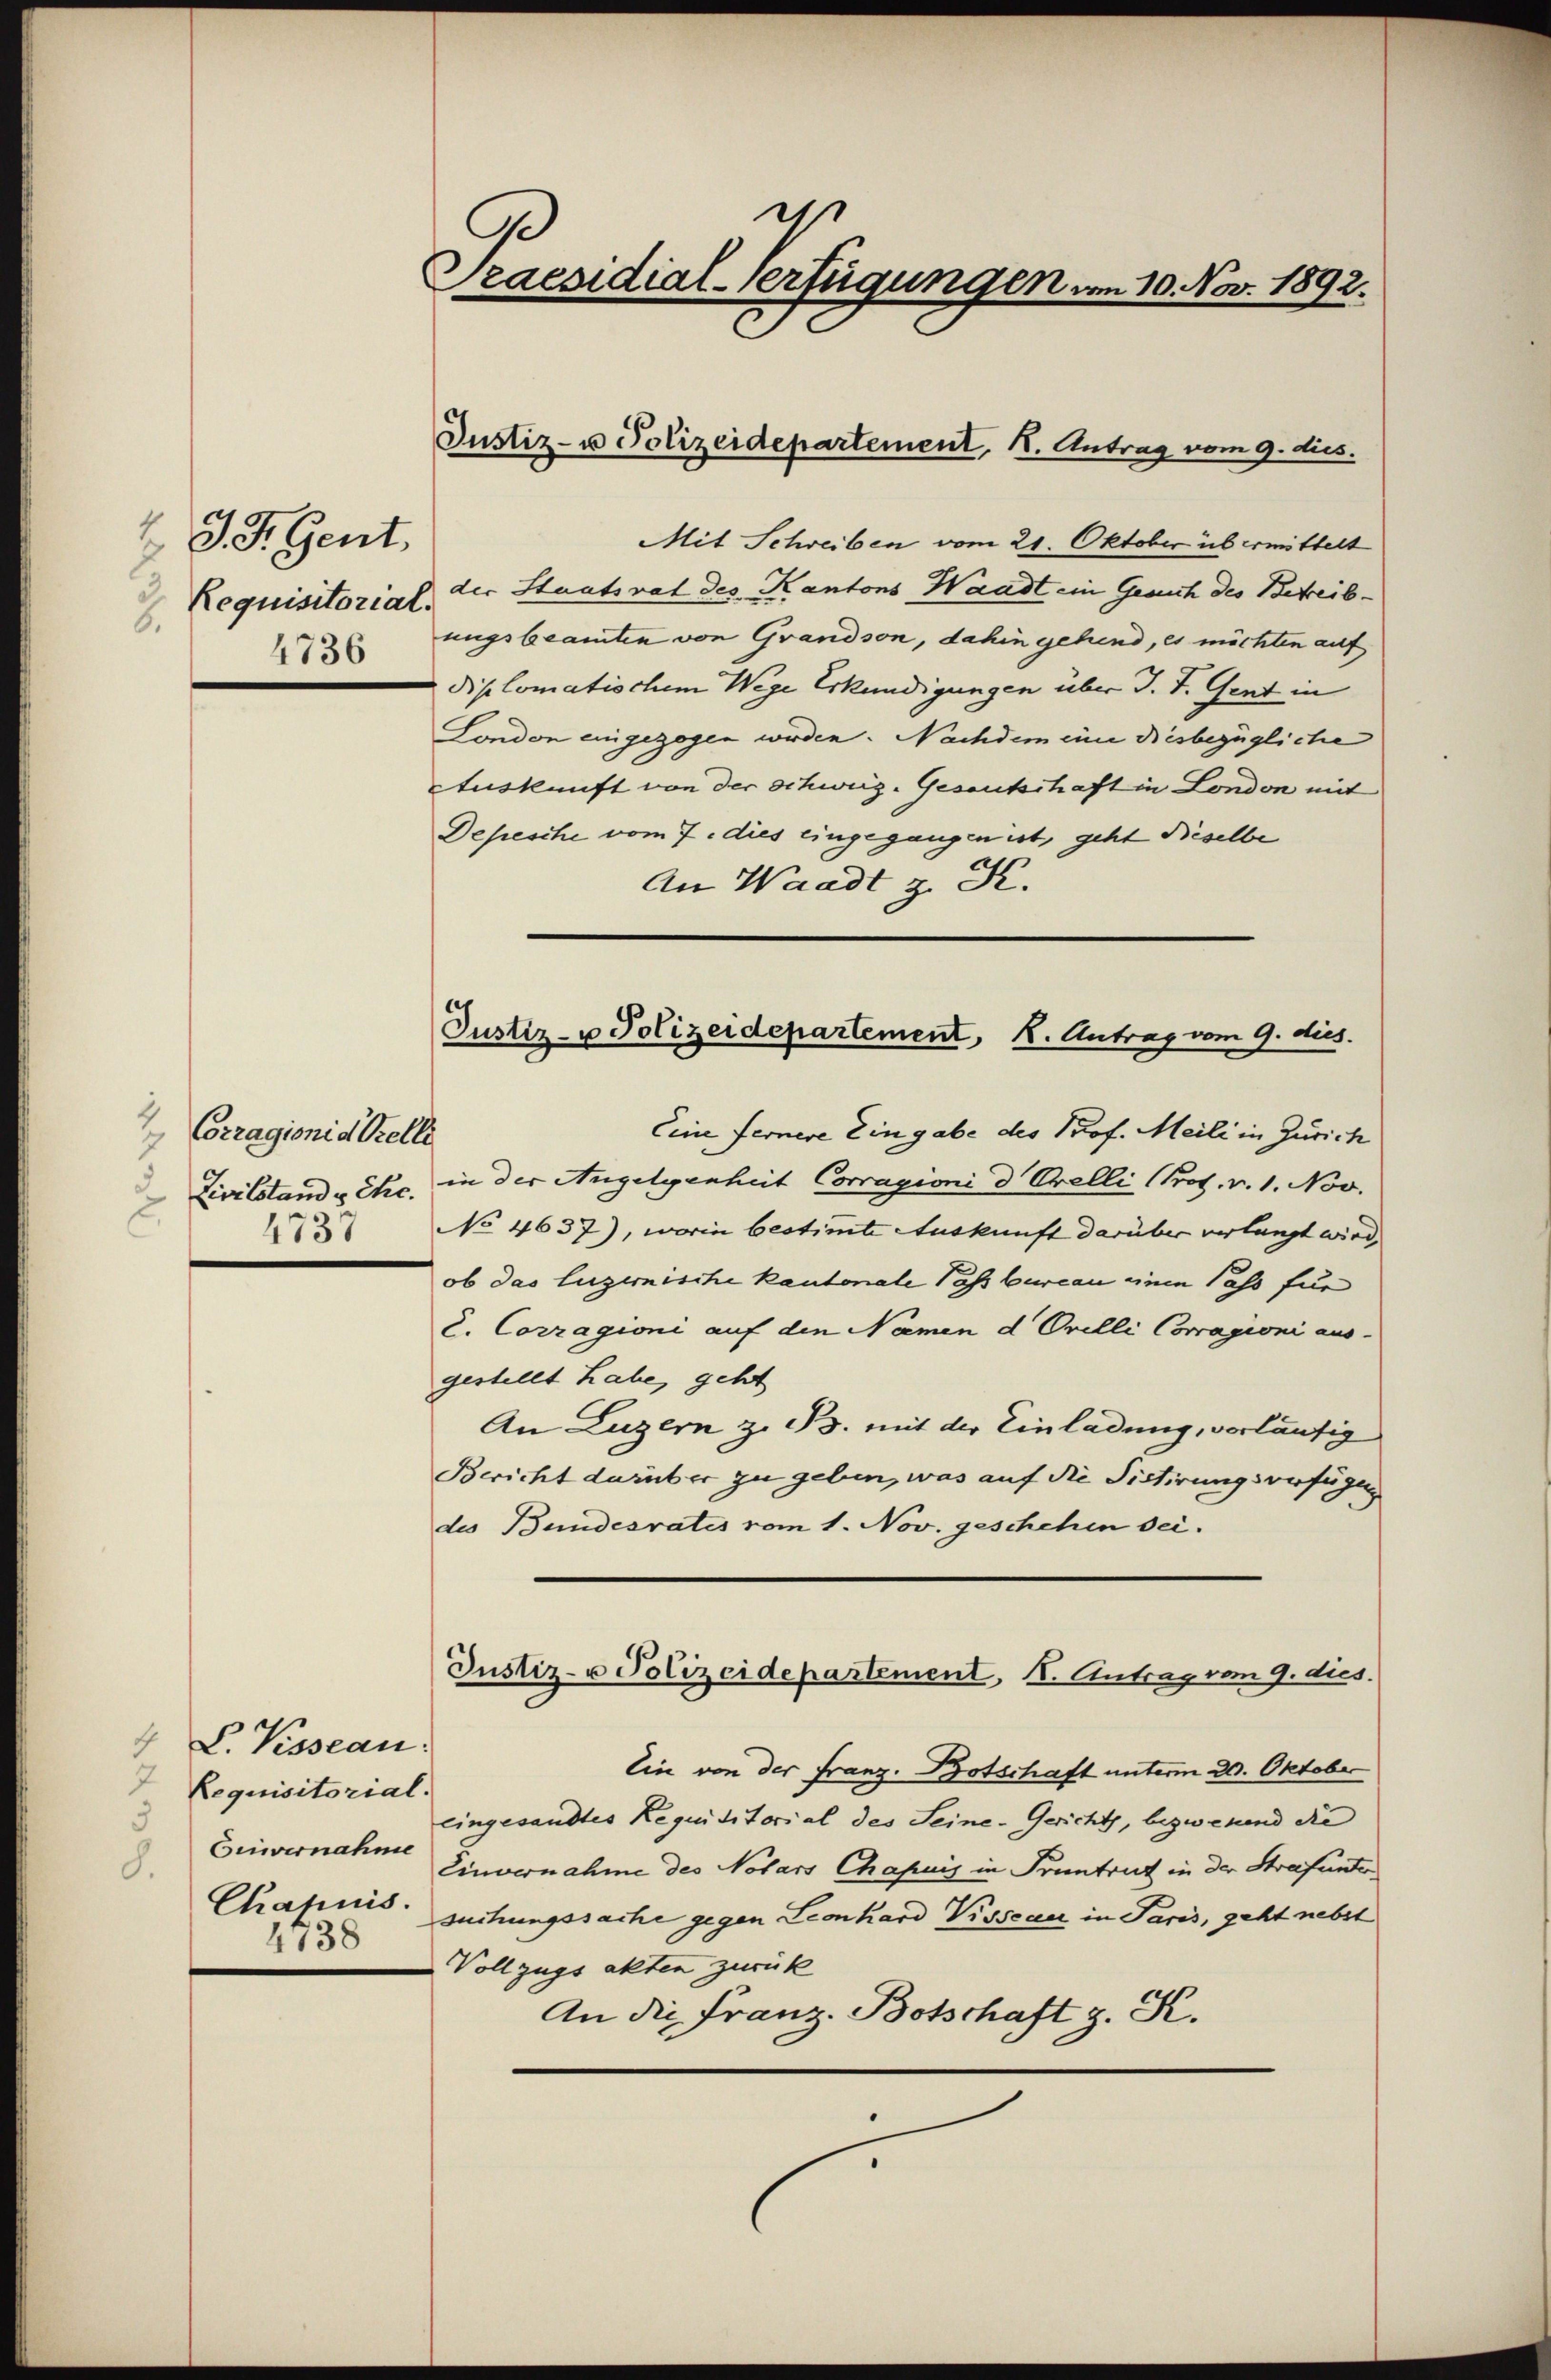
4
3
Requisitorial.
.
4736

J. F. Gent.

2
Corragioni d Stelle
7
Zivilstande Ehe.
E.
4737

4 L. Visseau:
7
Requisitorial.
3
Ginvernahme
8.
Chapuis.
1738

e
raesidial-Verfügungen am 10. Nov. 1892.

Mit Schreiben vom 21. Oktober übermittelt
der Staatsrat des Kantons Waadt ein Gesuch des Betreibungsbeamten von Grandson, dahin gehend, es möchten auf
diplomatischem Wege Erkundigungen über J. J. Gent in
London eingezogen werden. Nachdem eine diesbezügliche
Auskunft von der Schweiz. Gesantschaft in London mit
Depesche vom 7. dies eingegangen ist, geht dieselbe
An Waadt z. K.

Justiz- u Polizeidepartement, 1. Antrag vom 9. dies

Justiz- u Polizeidepartement, K. Antrag vom 9. dies.

Eine Fernere Eingabe des Prof. Meili in Zürich
in der Angelgenheit Corragioni d. Orelli (Pros. v. 1. Nov.
No 4637), worin bestimte Auskunft darüber verlangt wird,
ob das luzernische kantonale Passbureau einen Pass für
d. Corragioni auf den Namen d. Orelli Corragioni aus.
gestellt habe, geht
An Luzern z. ds. mit der Einladung, vorläufig
Bericht darüber zu geben, was auf die Sistirungsverfügung
des Bundesrates vom 1. Nov. geschehen sei.
Justiz- u Polizeidepartement, I. Antrag vom 9. dies
Ein von der Franz. Botschaft unterm 20. Oktober
eingesandtes Requisitorial des Seine-Gerichts, bezweiend die
Einvernahme des Notars Chapuis in Pruntrut in der Strafunter
suchungssache gegen Leonhard Vissener in Paris, geht nebst
Vollzugs akten zurück
An die Franz. Botschaft z. K.